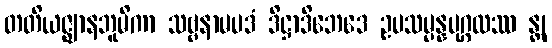
တတိယဇ္ဈာနဘူမိကာ သဗ္ဗနာမပဒံ ဒိဋ္ဌာဒိဘေဒေ ဥပသမ္ပန္နပုဂ္ဂလဿ န္တု